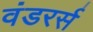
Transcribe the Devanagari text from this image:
वंडरर्स